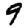
Digit: 9